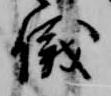
儀